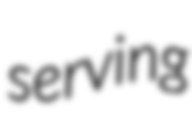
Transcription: serving